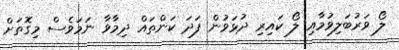
ލޯ ވަރުބަލިވުމާއި ލޯ ކައިރި ދުޅަވުން ފަދަ ކަންތައް ދިމާވާ ނަމަވެސް މިގޮތަށް